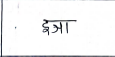
मजकूर: इजा